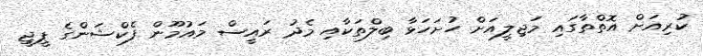
ކުރިއަށް އޮތްތާގައި މަޖިލީއަށް ހުށަހަޅާ ބިލްތަކާއި މެދު ރައީސް މައުމޫން ފެކްޝަންގެ ޕީޖީ